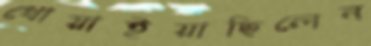
ধোয়াইয়াছিলেন